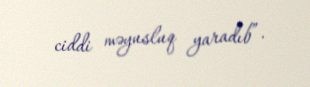
ciddi məyusluq yaradıb”.